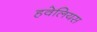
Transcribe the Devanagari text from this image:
हवेलियस